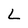
Character: L